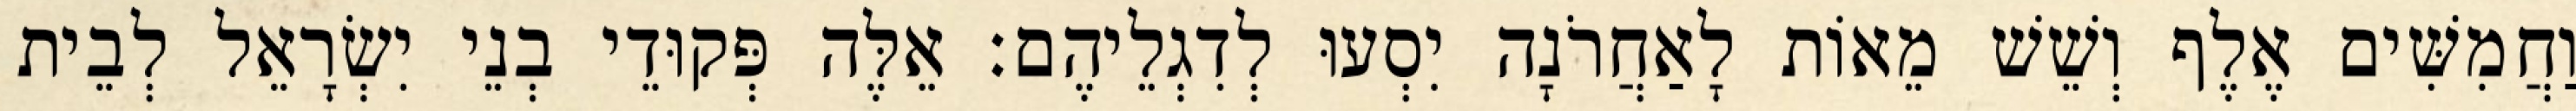
וַחֲמִשִּׁים אֶלֶף וְשֵׁשׁ מֵאוֹת לָאַחֲרֹנָה יִסְעוּ לְדִגְלֵיהֶם׃ אֵלֶּה פְּקוּדֵי בְנֵי יִשְׂרָאֵל לְבֵית